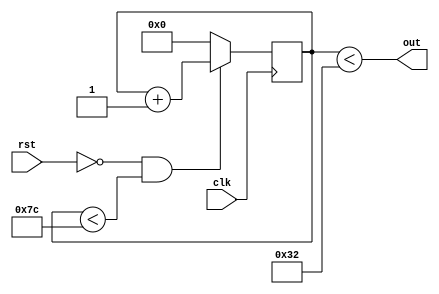
module pwm #(parameter
						 clk_mhz = 50,
						 freq_khz = 400,
						 duty = 40
						)
			 (
				 input wire clk,
				 input wire rst,
				 output wire out
			 );


function[31:0] div(input[31:0] A, input[31:0] B);
	begin
		div = A / B + (2*(A % B) >= B ? 1 : 0);
	end
endfunction

localparam clk_khz = 1000 * clk_mhz,
					 cnt_max = div(clk_khz, freq_khz),
					 cnt_width = $clog2(cnt_max),
					 cnt_duty = div(duty * cnt_max, 100);

reg[cnt_width-1:0] cnt = 0;

always @(posedge clk) begin
	cnt <= (~rst & (cnt < cnt_max-1)) ? cnt + 1 : 0;
end

assign out = cnt < cnt_duty;

endmodule